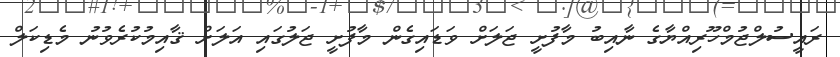
ރައީސުލްޖުމްހޫރިއްޔާގެ ނާއިބު މާފުށީ ޖަލަށް ވަޑައިގެން މާފުށީ ޖަލުގައި އަލަށް ޤާއިމުކުރެވުނު މެޑިކަލް